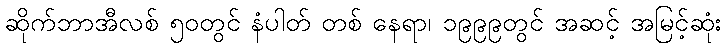
ဆိုက်ဘာအီလစ် ၅၀တွင် နံပါတ် တစ် နေရာ၊ ၁၉၉၉တွင် အဆင့် အမြင့်ဆုံး